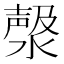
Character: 𣼘